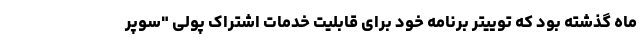
ماه گذشته بود که توییتر برنامه خود برای قابلیت خدمات اشتراک پولی "سوپر